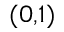
^ { ( 0 , 1 ) }